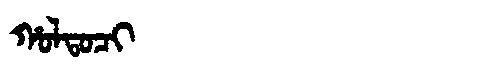
Manchu: ᡥᠣᠯᡨᠣᠴᡳ
Romanization: HOLTOCI